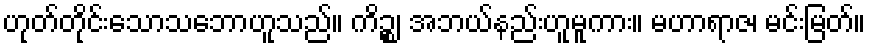
ဟုတ်တိုင်းသောသဘောဟူသည်။ ကိဉ္စ၊ အဘယ်နည်းဟူမူကား။ မဟာရာဇ၊ မင်းမြတ်။